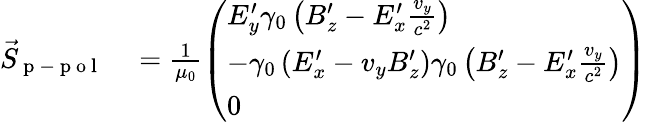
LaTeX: \begin{array}{rl}{\vec{S}_{\mathrm{~p~-~p~o~l~}}}&{{}=\frac{1}{\mu_{0}}\left(\begin{array}{l}{E_{y}^{\prime}\gamma_{0}\left(B_{z}^{\prime}-E_{x}^{\prime}\frac{v_{y}}{c^{2}}\right)}\\ {-\gamma_{0}\left(E_{x}^{\prime}-v_{y}B_{z}^{\prime}\right)\gamma_{0}\left(B_{z}^{\prime}-E_{x}^{\prime}\frac{v_{y}}{c^{2}}\right)}\\ {0}\end{array}\right)}\end{array}